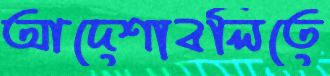
আদেশাবলিতে